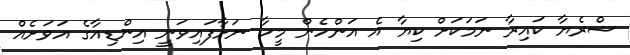
ޝްރެޔާ ކައިރާ ނަމަކަށް ކިޔާ އެ އަންހެން މީހާ ނަށާފައިވަނީ އިންޑިއާގެ އަވަށެއް